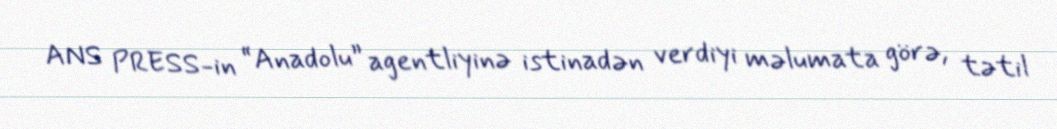
ANS PRESS-in “Anadolu” agentliyinə istinadən verdiyi məlumata görə, tətil